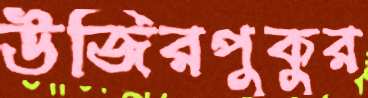
উজিরপুকুর